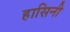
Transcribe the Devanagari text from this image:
हासिनी